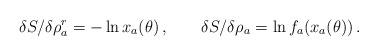
\begin{align*}\delta S/\delta \rho^r_a = -\ln x_a (\theta) \,, \qquad \delta S/\delta \rho_a = \ln f_{a} (x_a(\theta)) \,.\end{align*}